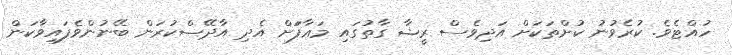
ހުއްޓެވެ. ކުރެވުނު ކުށްތަކަށް އަދިވެސް ރީޝާ ގާތުގައި މަޢާފަަށް އެދި އާދޭސްކުރަން ބޭނުންވެފައިވާކަން